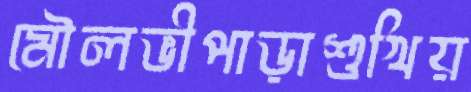
মৌলভীপাড়াশুখিয়